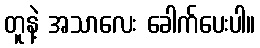
တူနဲ့ အသာလေး ခေါက်ပေးပါ။